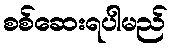
စစ်ဆေးရပါမည်